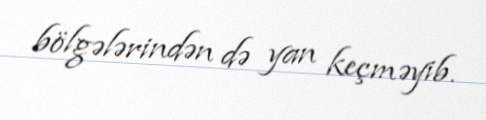
bölgələrindən də yan keçməyib.